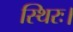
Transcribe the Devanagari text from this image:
स्थिरः।